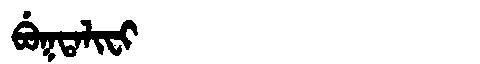
Manchu: ᠪᡠᡴᡨᠠᠯᡳᠸᡳ
Romanization: BUKTALIFI